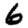
Digit: 6